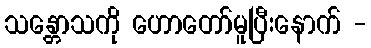
သန္တောသကို ဟောတော်မူပြီးနောက် -